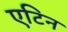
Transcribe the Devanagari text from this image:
एटिन